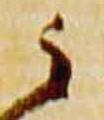
云